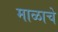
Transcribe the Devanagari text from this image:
माळाचे